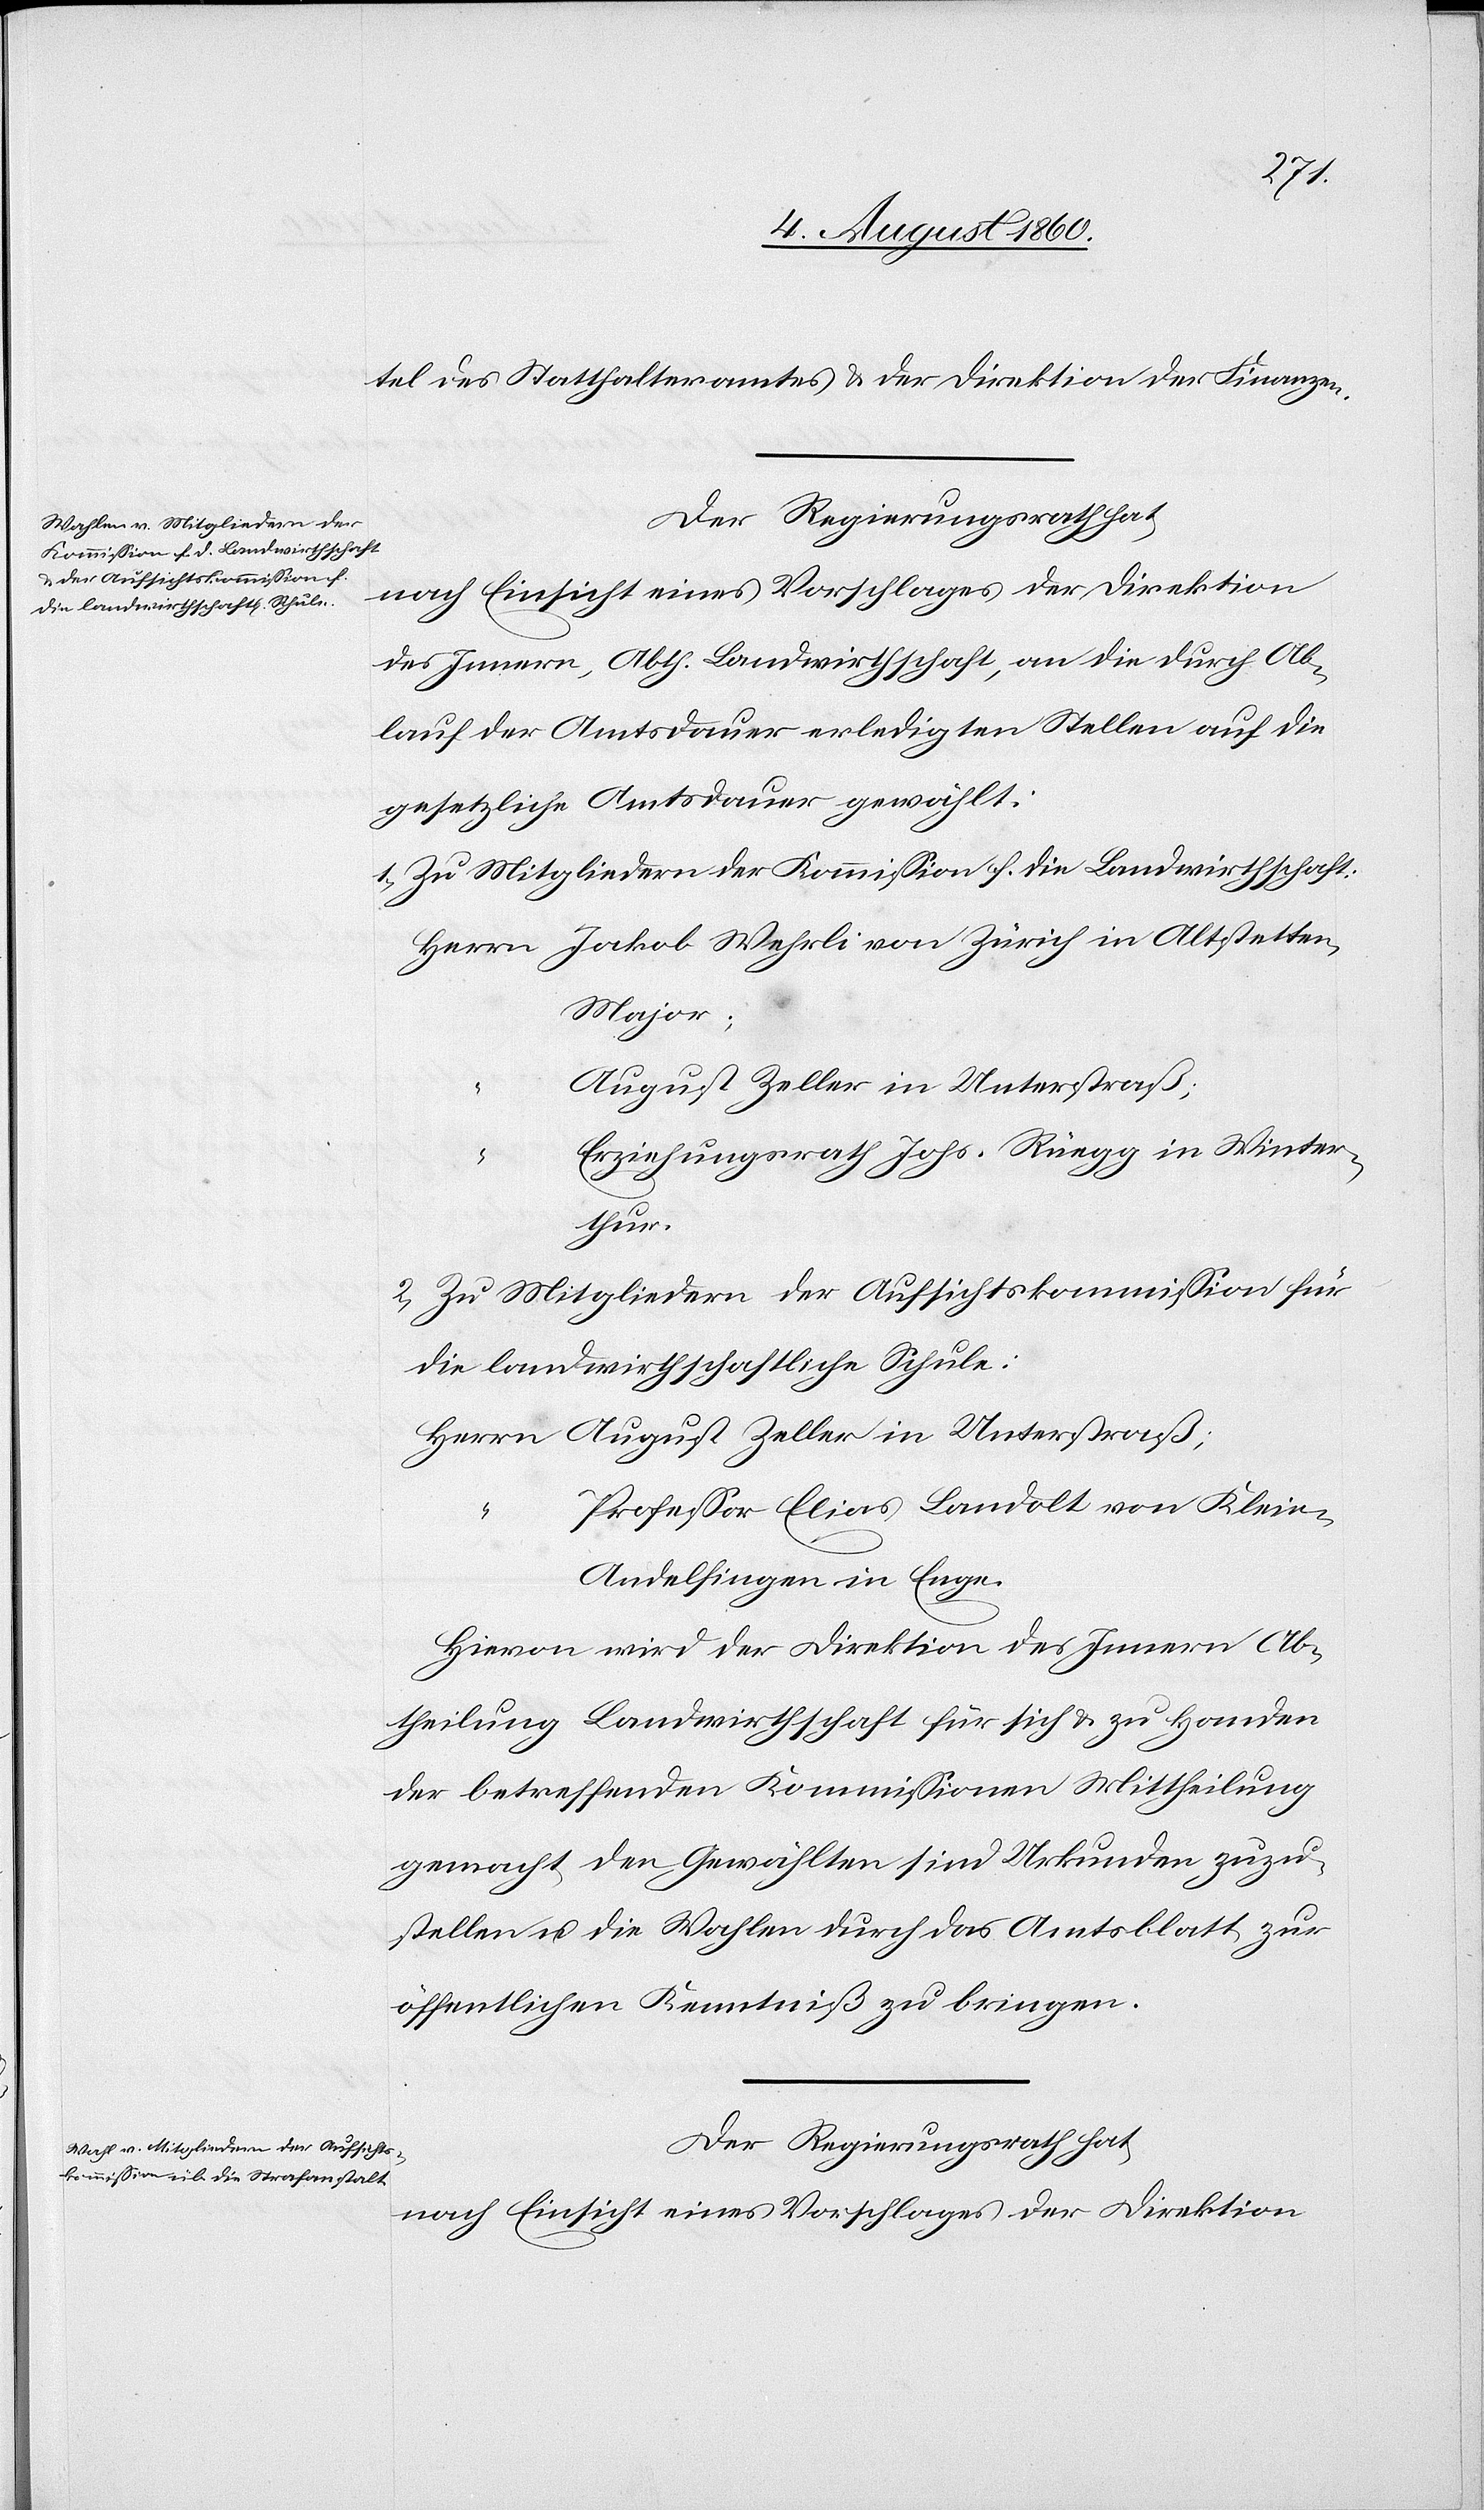
Der Regierungsrath hat,
nach Einsicht eines Vorschlages der Direktion
des Innern, Abtheilung Landwirthschaft, an die durch Ab¬
lauf der Amtsdauer erledigten Stellen auf die
gesetzliche Amtsdauer gewählt:
1. Zu Mitgliedern der Kommission für die Landwirthschaft:
Major
August Zeller in Unterstraß;
Erziehungsrath Johs. Rüegg in Winter¬
Herrn
thur.
2. Zu Mitgliedern der Aufsichtskommission für
die landwirthschaftliche Schule
Professor Elias Landolt von Klein-A¬
ndelfingen, in Enge.
Hievon wird der Direktion des Innern Ab¬
theilung Landwirthschaft, für sich und zu Handen
der betreffenden Kommissionen Mittheilung
gemacht, den Gewählten sind Urkunden zuzu¬
stellen und die Wahlen durch das Amtsblatt zur
öffentlichen Kenntniss zu bringen.
Der Regierungsrath hat,
nach Einsicht eines Vorschlages der Direktion